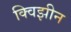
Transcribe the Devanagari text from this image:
क्विझीन